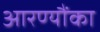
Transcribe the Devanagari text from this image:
आरण्यौंका